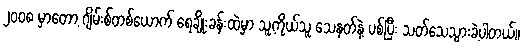
၂၀၀၈ မှာတော့ ဂျိမ်းစ်တစ်ယောက် ရေချိုးခန်းထဲမှာ သူ့ကိုယ်သူ သေနတ်နဲ့ ပစ်ပြီး သတ်သေသွားခဲ့ပါတယ်။